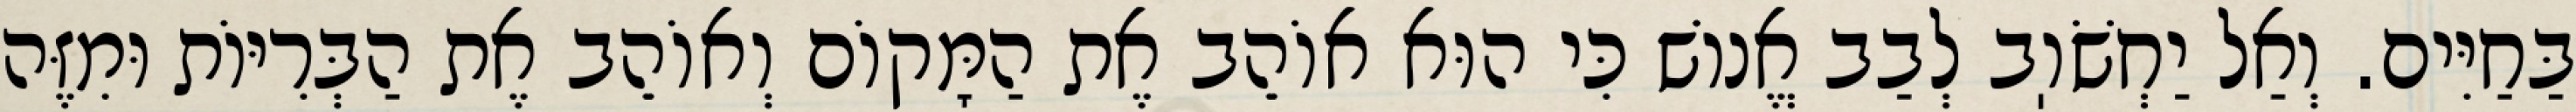
בַּחַיִּים. וְאַל יַחְשֹׁוֽב לְבַב אֱנוֹשׁ כִּי הוּא אוֹהֵב אֶת הַמָּקוֹם וְאוֹהֵב אֶת הַבְּרִיּוֹת וּמִזֶּה